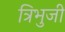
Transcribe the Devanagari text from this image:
त्रिभुजी